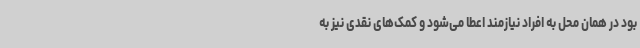
بود در همان محل به افراد نیازمند اعطا می‌شود و کمک‌های نقدی نیز به